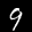
Label: 9